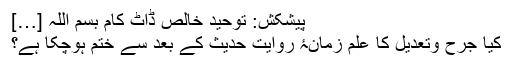
پیشکش: توحیدِ خالص ڈاٹ کام بسم اللہ […]
کیا جرح وتعدیل کا علم زمانۂ روایت حدیث کے بعد سے ختم ہوچکا ہے؟